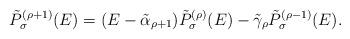
LaTeX: \begin{align*}{\tilde P}^{(\rho+1)}_\sigma(E) = (E - {\tilde\alpha}_{\rho+1}){\tilde P^{(\rho)}}_\sigma(E) - {\tilde \gamma}_{\rho}{\tilde P}^{(\rho-1)}_\sigma(E).\end{align*}